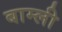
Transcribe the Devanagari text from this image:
बाम्ली